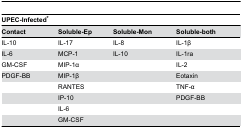
<table><thead><tr><td colspan="4"><b>UPEC-Infected*</b></td></tr><tr><td><b>Contact</b></td><td><b>Soluble-Ep</b></td><td><b>Soluble-Mon</b></td><td><b>Soluble-both</b></td></tr></thead><tbody><tr><td>IL-10</td><td>IL-17</td><td>IL-8</td><td>IL-1β</td></tr><tr><td>IL-6</td><td>MCP-1</td><td>IL-10</td><td>IL-1ra</td></tr><tr><td>GM-CSF</td><td>MIP-1α</td><td></td><td>IL-2</td></tr><tr><td>PDGF-BB</td><td>MIP-1β</td><td></td><td>Eotaxin</td></tr><tr><td></td><td>RANTES</td><td></td><td>TNF-α</td></tr><tr><td></td><td>IP-10</td><td></td><td>PDGF-BB</td></tr><tr><td></td><td>IL-6</td><td></td><td></td></tr><tr><td></td><td>GM-CSF</td><td></td><td></td></tr></tbody></table>